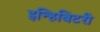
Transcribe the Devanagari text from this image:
इन्हिबिटरी